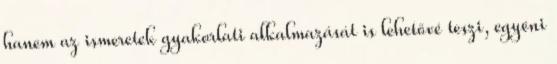
hanem az ismeretek gyakorlati alkalmazását is lehetővé teszi, egyéni